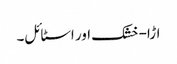
اڑا-خشک اور اسٹائل۔